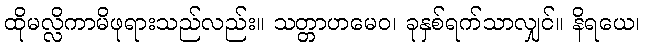
ထိုမလ္လိကာမိဖုရားသည်လည်း။ သတ္တာဟမေဝ၊ ခုနှစ်ရက်သာလျှင်။ နိရယေ၊